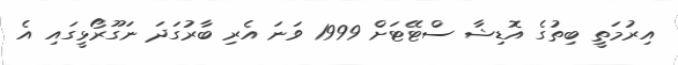
އިރުމަތީ ބިތުގެ އޮޑިޝާ ސްޓޭޓަށް 1999 ވަނަ އެރި ބާރުގަދަ ނަގޫރޯޅީގައި އެ